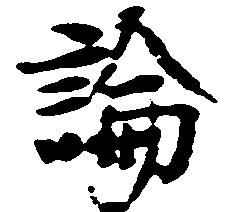
論